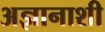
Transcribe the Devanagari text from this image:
अज्ञानाशी